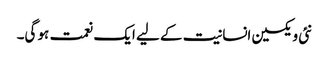
نئی ویکسین انسانیت کے لیے ایک نعمت ہو گی۔